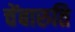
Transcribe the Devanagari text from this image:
चेंबारुति